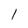
Character: 1